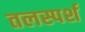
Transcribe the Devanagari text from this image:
तलस्पर्श